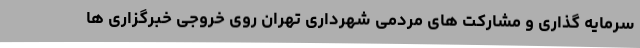
سرمایه گذاری و مشارکت های مردمی شهرداری تهران روی خروجی خبرگزاری ها